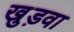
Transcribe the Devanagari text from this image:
खुड़वा